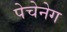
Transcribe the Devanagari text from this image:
पेचेनेग